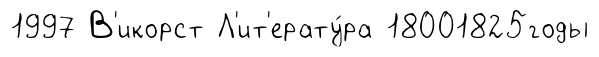
1997 В'икорст Л'ит'ерату́ра 18001825годы